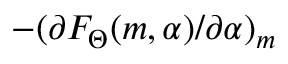
- ( \partial { F _ { \Theta } ( m , \alpha ) / \partial { \alpha } } ) _ { m }